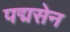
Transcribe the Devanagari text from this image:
पद्मसेन